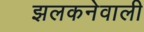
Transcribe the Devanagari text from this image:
झलकनेवाली